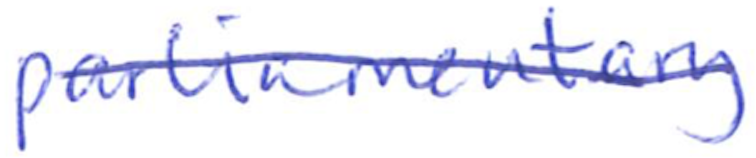
Text: parliamentary
Cross-out: diagonal
Writing tool: ballpoint